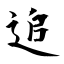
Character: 追